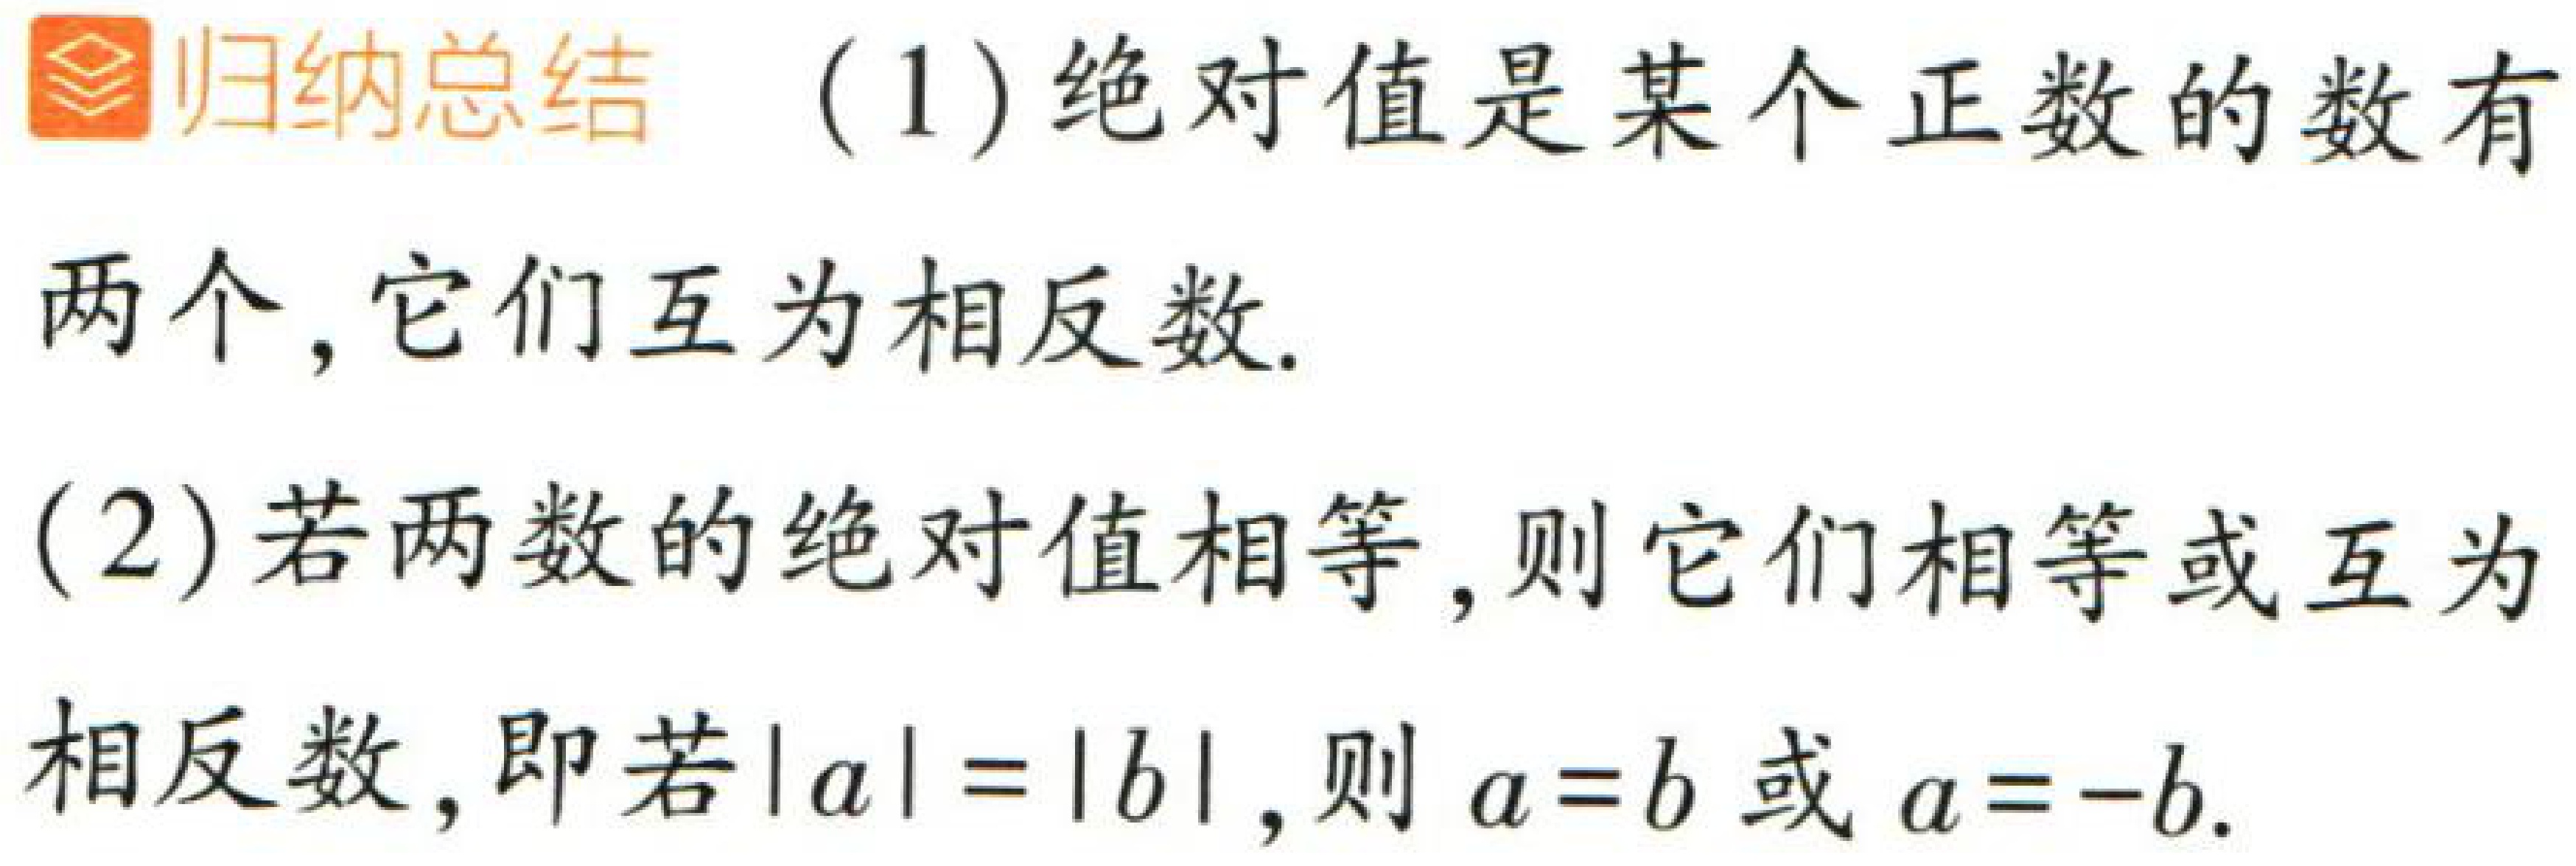
\begin{enumerate}
\item 绝对值是某个正数的数有两个, 它们互为相反数.
\item 若两数的绝对值相等, 则它们相等或互为相反数, 即若\(\vert a\vert=\vert b\vert\), 则 \(a = b\) 或 \(a=-b\).
\end{enumerate}